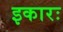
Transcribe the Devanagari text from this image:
इकारः